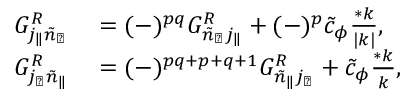
\begin{array} { r l } { G _ { j _ { \| } \tilde { n } _ { \perp } } ^ { R } } & { { } = ( - ) ^ { p q } G _ { \tilde { n } _ { \perp } j _ { \| } } ^ { R } + ( - ) ^ { p } \tilde { c } _ { \phi } \frac { * k } { | k | } , } \\ { G _ { j _ { \perp } \tilde { n } _ { \| } } ^ { R } } & { { } = ( - ) ^ { p q + p + q + 1 } G _ { \tilde { n } _ { \| } j _ { \perp } } ^ { R } + \tilde { c } _ { \phi } \frac { * k } { k } , } \end{array}